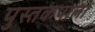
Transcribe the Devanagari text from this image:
पुस्तकपालों